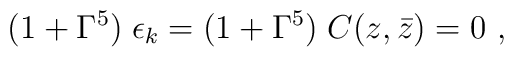
(1 + \Gamma^5)\;\epsilon_k = (1 + \Gamma^5)\; C (z, \bar z)=0 \ ,